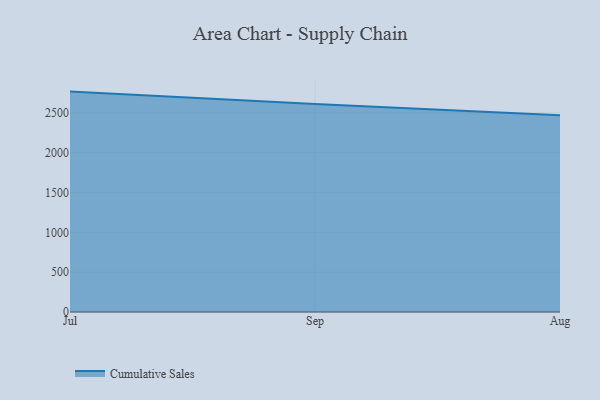
{"axis": {"x": "Month", "y": "Churn Rate (%)"}, "legend": ["Cumulative Sales"], "data": [{"x": "Jul", "y": 2766.3, "type": "Cumulative Sales"}, {"x": "Sep", "y": 2611.2, "type": "Cumulative Sales"}, {"x": "Aug", "y": 2470.7, "type": "Cumulative Sales"}]}